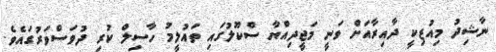
ނާޝިދު މިއުޒިކީ ދާއިރާއަށް ވަނީ މަޖީދިއްޔާ ސްކޫލުގައި ތައުލީމު ހާސިލް ކުރި ދުވަސްވަރުގައެވެ.